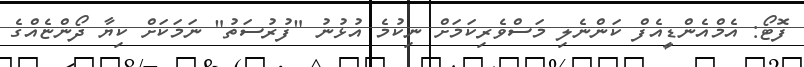
ފޮޓޯ: އެމްއެންޑީއެފް ކަންނެލި މަސްވެރިކަމަށް ނިކުމެ އުޅުނު "ފުރުސަތު" ނަމަކަށް ކިޔާ ދޯންޏެއްގެ